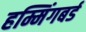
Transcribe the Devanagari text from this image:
हम्मिंगबर्ड